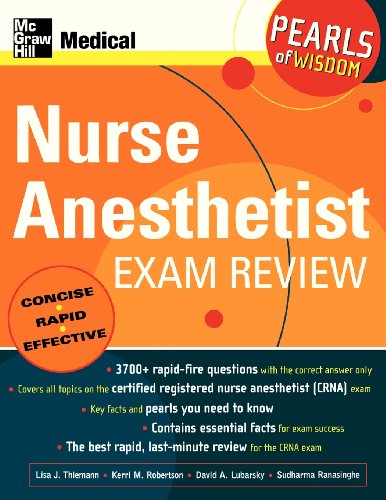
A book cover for Nurse Anesthetist Exam Review: Pearls of Wisdom; Lisa Thiemann; Medical Books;